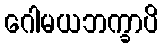
ဂေါမယဘက္ခာပိ